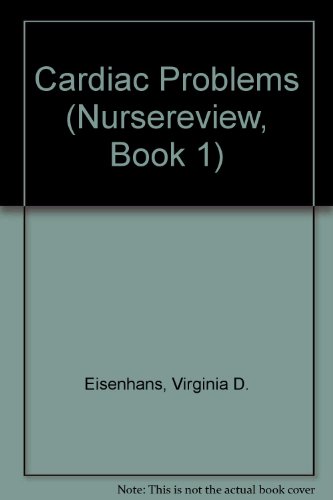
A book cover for Cardiac Problems (Nursereview, Book 1); Virginia D. Eisenhans; Medical Books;